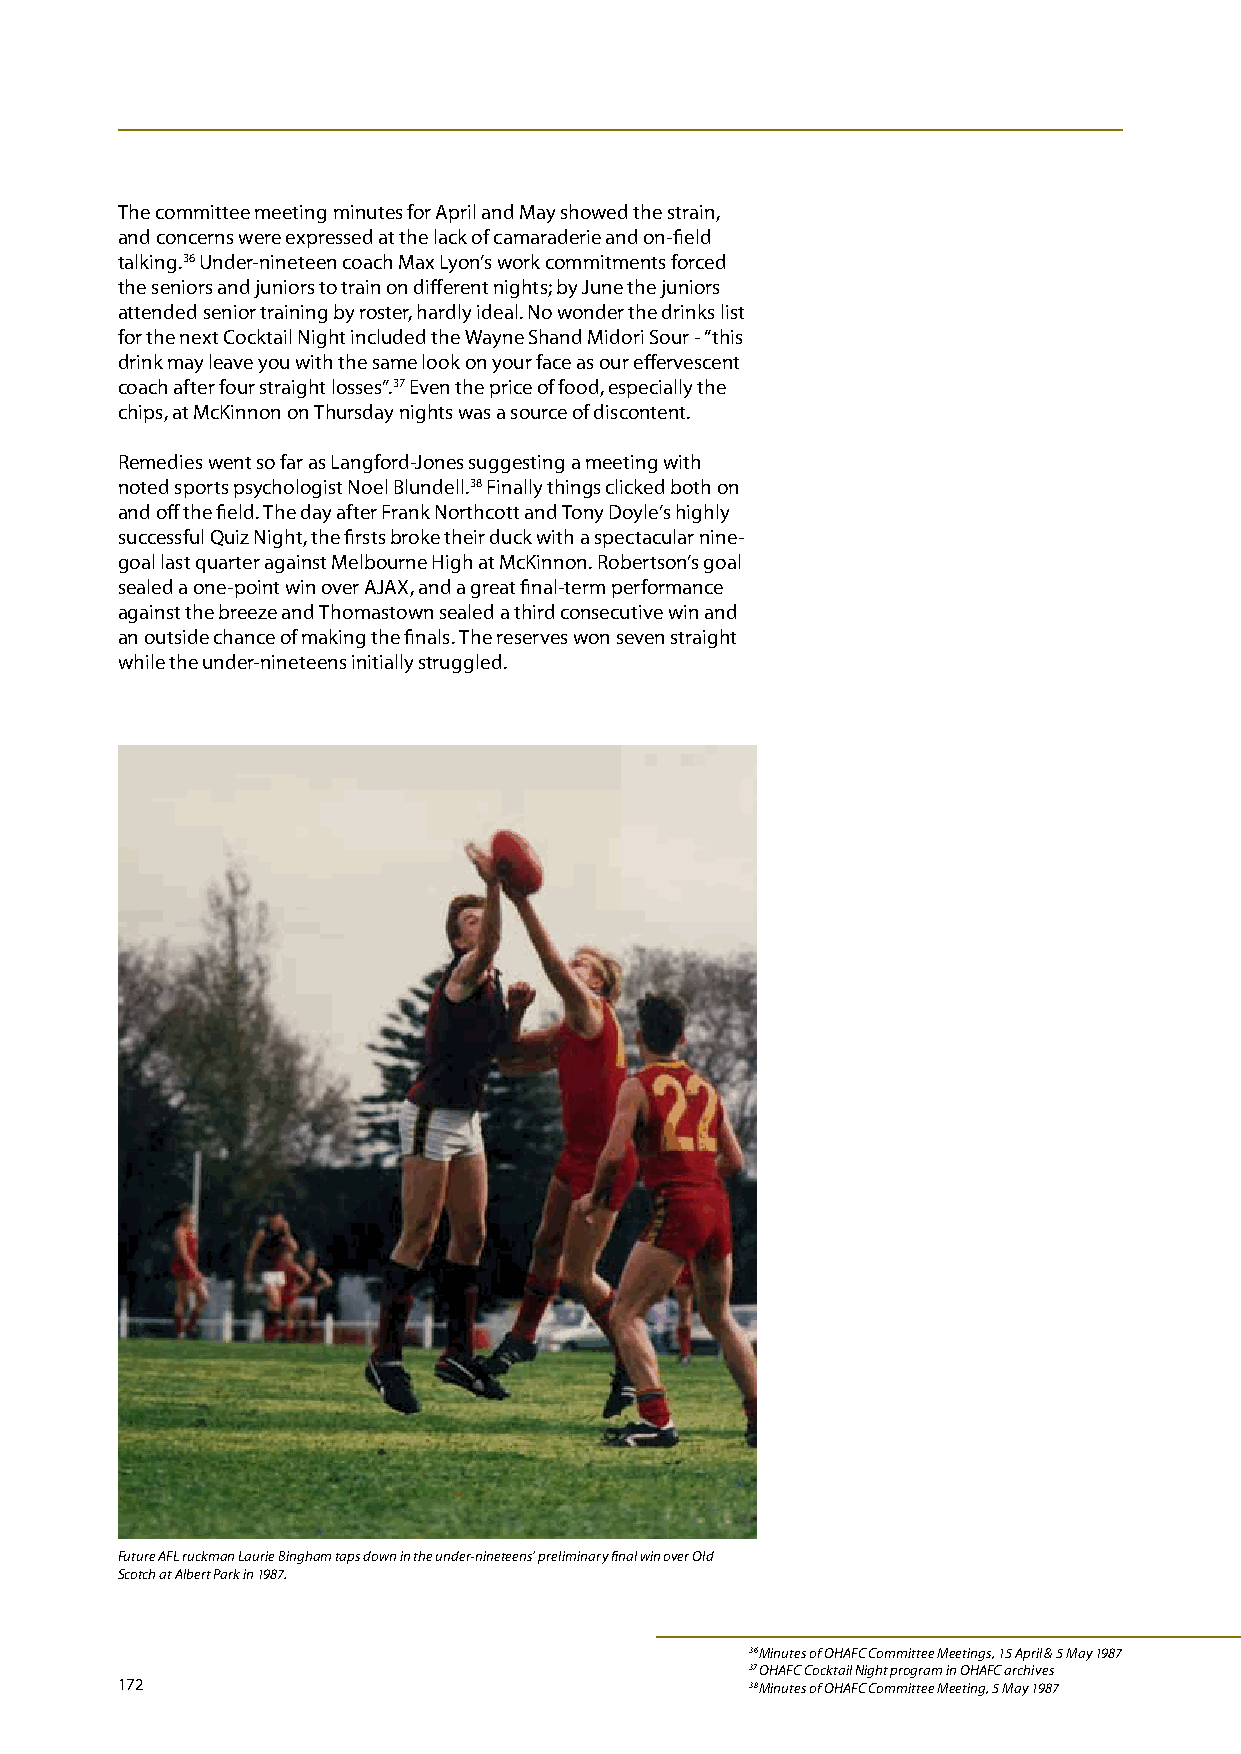
The committee meeting minutes for April and May showed the strain,
 and concerns were expressed at the lack of camaraderie and on-field
 talking.36 Under-nineteen coach Max Lyon’s work commitments forced
 the seniors and juniors to train on different nights; by June the juniors
 attended senior training by roster, hardly ideal. No wonder the drinks list
 for the next Cocktail Night included the Wayne Shand Midori Sour - “this
 drink may leave you with the same look on your face as our effervescent
 coach after four straight losses”.37 Even the price of food, especially the
 chips, at McKinnon on Thursday nights was a source of discontent.
 Remedies went so far as Langford-Jones suggesting a meeting with
 noted sports psychologist Noel Blundell.38 Finally things clicked both on
 and off the field. The day after Frank Northcott and Tony Doyle’s highly
 successful Quiz Night, the firsts broke their duck with a spectacular nine-
 goal last quarter against Melbourne High at McKinnon. Robertson’s goal
 sealed a one-point win over AJAX, and a great final-term performance
 against the breeze and Thomastown sealed a third consecutive win and
 an outside chance of making the finals. The reserves won seven straight
 while the under-nineteens initially struggled.
 Future AFL ruckman Laurie Bingham taps down in the under-nineteens’ preliminary final win over Old
 Scotch at Albert Park in 1987.
 36 Minutes of OHAFC Committee Meetings, 15 April & 5 May 1987
 37 OHAFC Cocktail Night program in OHAFC archives
 172                                       38 Minutes of OHAFC Committee Meeting, 5 May 1987